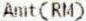
AMT(RM)